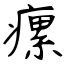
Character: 瘰